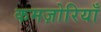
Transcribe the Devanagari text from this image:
कमज़ोरियाँ